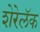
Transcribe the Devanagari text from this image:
शेरेलॅक